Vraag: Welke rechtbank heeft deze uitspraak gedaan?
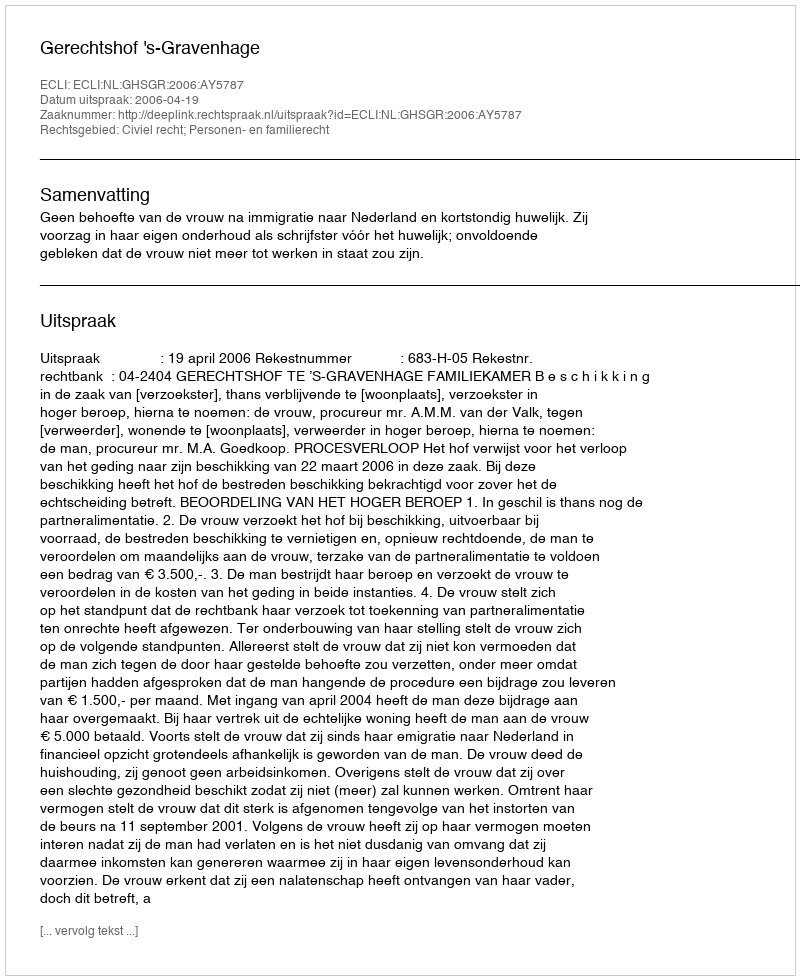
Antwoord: Gerechtshof 's-Gravenhage